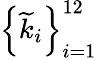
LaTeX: \left\{ \widetilde{k}_{i}\right\} _{i=1}^{12}